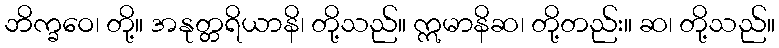
ဘိက္ခဝေ၊ တို့။ အနုတ္တရိယာနိ၊ တို့သည်။ ဣမာနိဆ၊ တို့တည်း။ ဆ၊ တို့သည်။